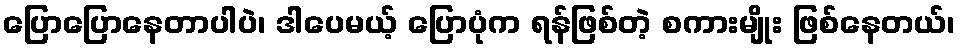
ပြောပြောနေတာပါပဲ၊ ဒါပေမယ့် ပြောပုံက ရန်ဖြစ်တဲ့ စကားမျိုး ဖြစ်နေတယ်၊